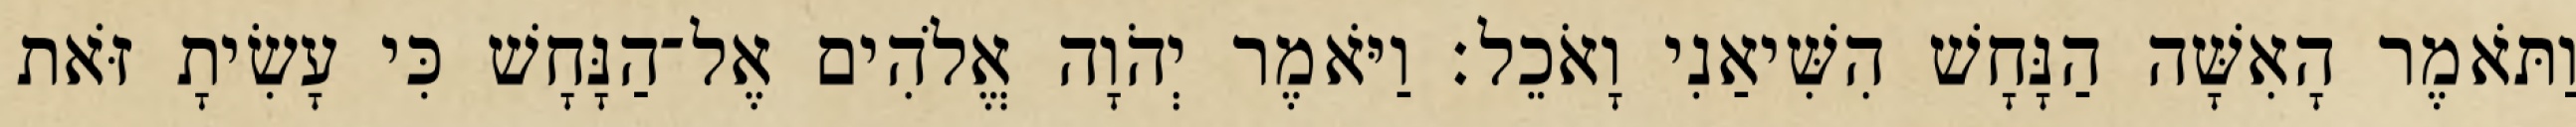
וַתֹּאמֶר הָאִשָּׁה הַנָּחָשׁ הִשִּׁיאַנִי וָאֹכֵל׃ וַיֹּאמֶר יְהֹוָה אֱלֹהִים אֶל־הַנָּחָשׁ כִּי עָשִׂיתָ זֹּאת